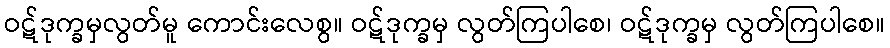
ဝဋ်ဒုက္ခမှလွတ်မူ ကောင်းလေစွ။ ဝဋ်ဒုက္ခမှ လွတ်ကြပါစေ၊ ဝဋ်ဒုက္ခမှ လွတ်ကြပါစေ။